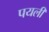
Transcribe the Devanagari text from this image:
पयली